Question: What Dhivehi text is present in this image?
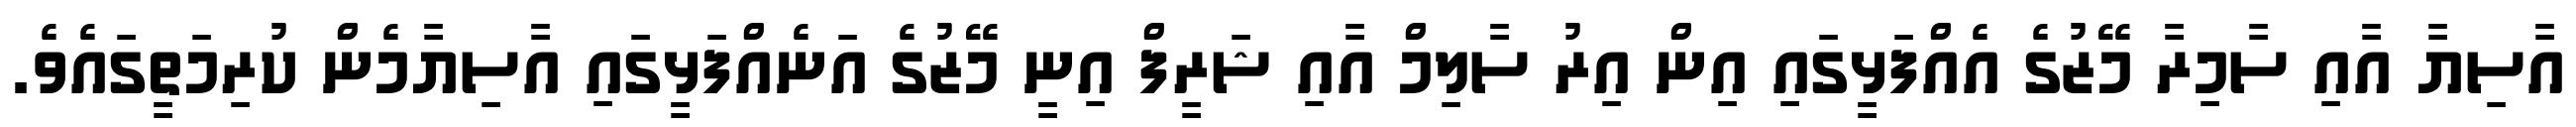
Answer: އާސިޔާ އާއި ސާމިރާ މޭޒުގެ އެއްފަޅީގައި އިން އިރު ސާލިމް އާއި ޝަރީފް އިނީ މޭޒުގެ އަނެއްފަޅީގައި އާސިޔާމެން ކުރިމަތީގައެވެ.